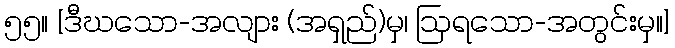
၅၅။ [ဒီဃသော-အလျား (အရှည်)မှ၊ ဩရသော-အတွင်းမှ။]